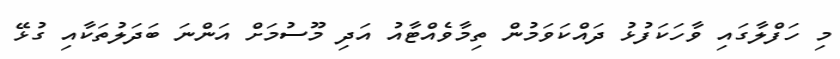
މި ހަފްލާގައި ވާހަކަފުޅު ދައްކަވަމުން ތިމާވެއްޓާއު އަދި މޫސުމަށް އަންނަ ބަދަލުތަކާއި ގުޅޭ